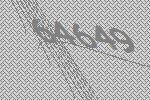
64649